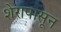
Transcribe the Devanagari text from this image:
शेरापासून